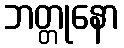
ဘတ္တုနော